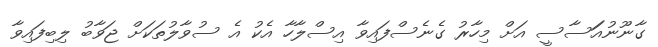
ގާނޫނުއަަސާސީ އަށް މިހާރު ގެނެސްފައިވާ އިސްލާހާ އެކު އެ ސުވާލުތަކަށް ޖަވާބު ލިބިފައިވާ